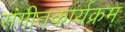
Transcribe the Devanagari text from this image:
संगीतकार्यक्रम